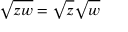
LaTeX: { \sqrt { z w } } = { \sqrt { z } } { \sqrt { w } }